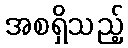
အစရှိသည့်